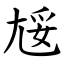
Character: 㞂